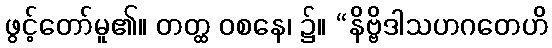
ဖွင့်တော်မူ၏။ တတ္ထ ဝစနေ၊ ၌။ “နိဗ္ဗိဒါသဟဂတေဟိ